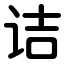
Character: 诘